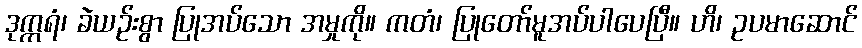
ဒုက္ကရံ၊ ခဲယဉ်းစွာ ပြုအပ်သော အမှုကို။ ကတံ၊ ပြုတော်မူအပ်ပါပေပြီ။ ဟိ၊ ဥပမာဆောင်